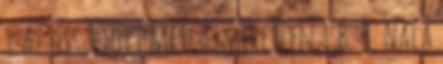
1 Az összetört mese ismeretlen 1 B. B. Nala